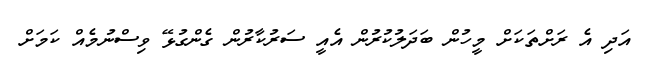
އަދި އެ ރަށްތަކަށް މީހުން ބަދަލުކުރުން އެއީ ސަރުކާރުން ގެންގުޅޭ ވިސްނުމެއް ކަމަށް